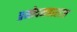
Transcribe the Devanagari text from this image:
प्रमोदमहाराज